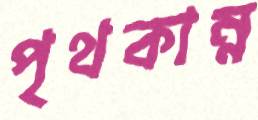
পৃথকান্ন